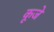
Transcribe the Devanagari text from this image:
कूजे